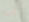
أخوك